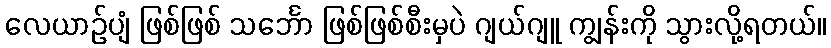
လေယာဉ်ပျံ ဖြစ်ဖြစ် သင်္ဘော ဖြစ်ဖြစ်စီးမှပဲ ဂျယ်ဂျူ ကျွန်းကို သွားလို့ရတယ်။